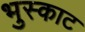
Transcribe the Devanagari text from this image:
भुस्काट